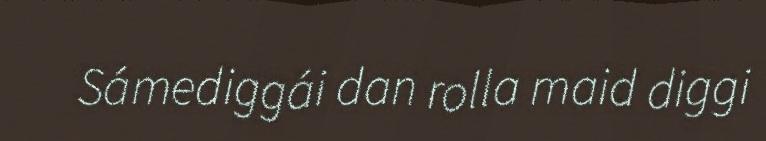
Sámediggái dan rolla maid diggi